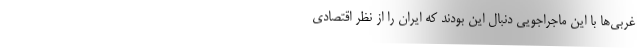
غربی‌ها با این ماجراجویی دنبال این بودند که ایران را از نظر اقتصادی